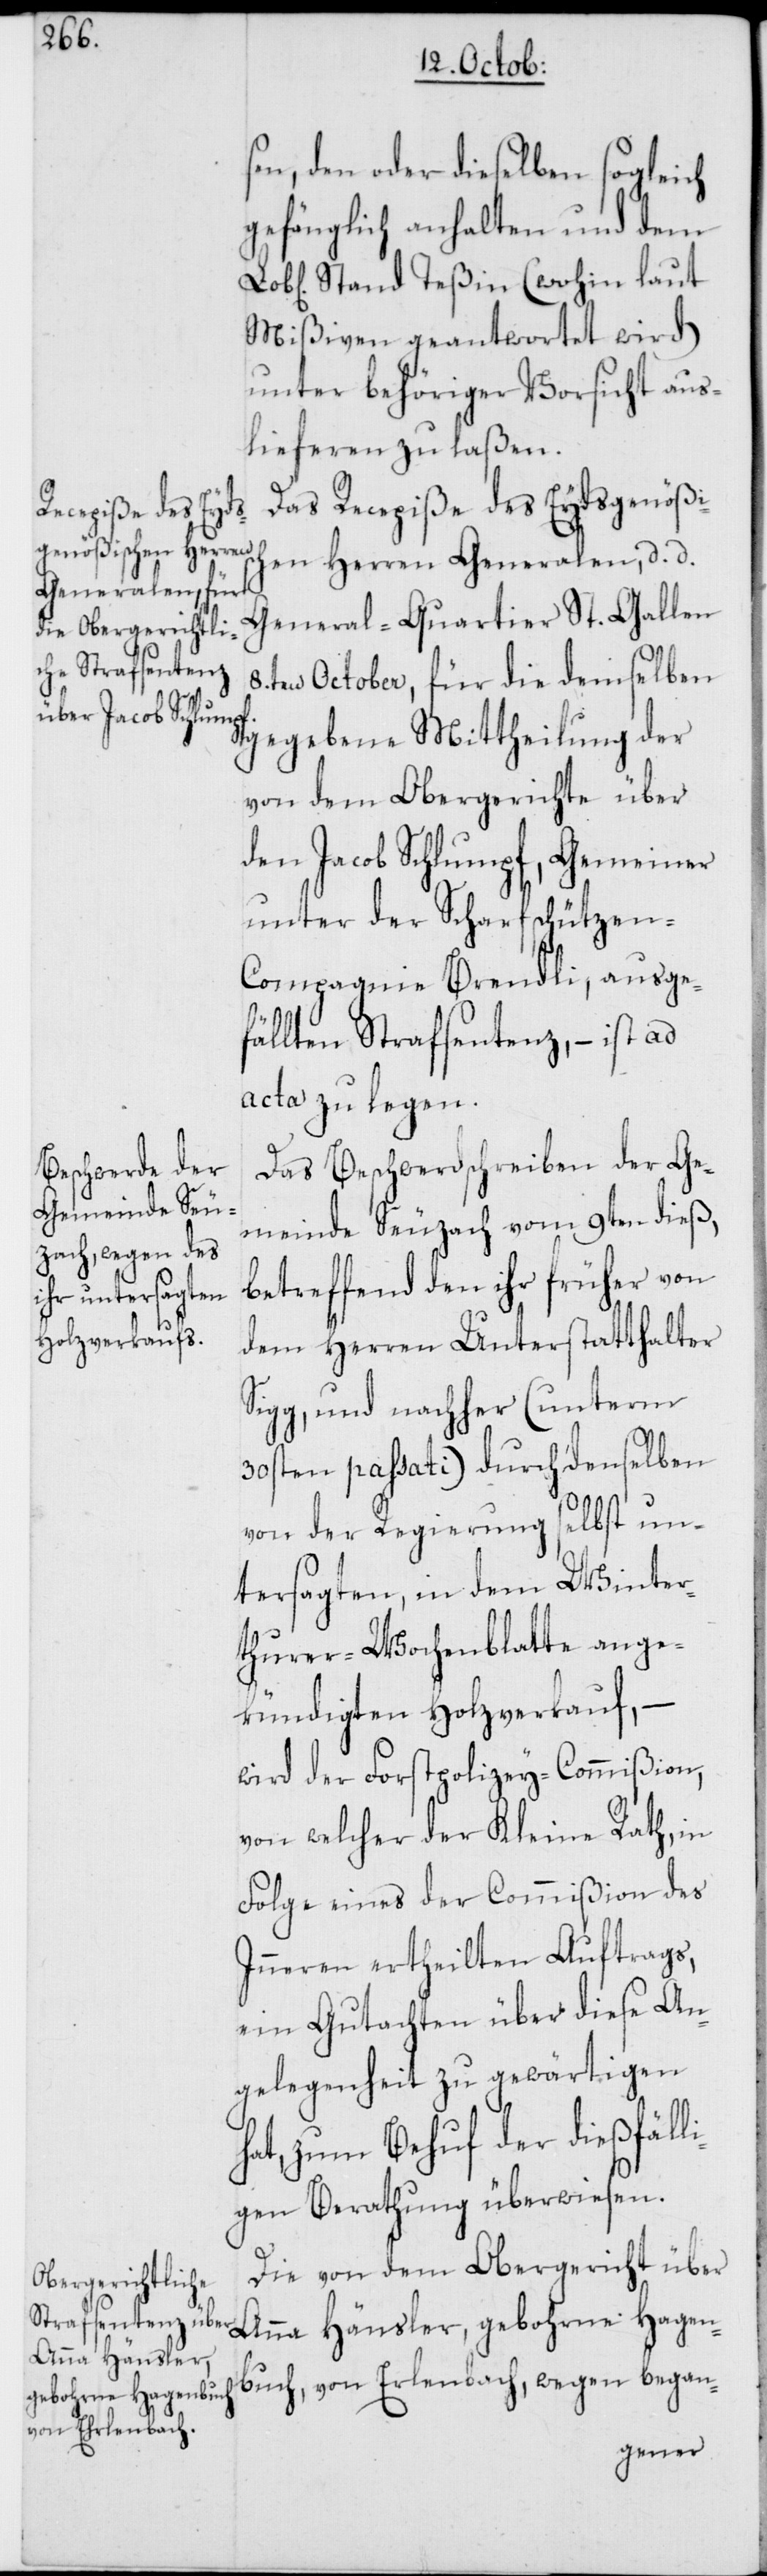
ch¬

sen, den oder dieselben sogleich
gefänglich anhalten und dem
Stand Teßin (wohin laut
Mißiven geantwortet wird)
unter behöriger Vorsicht aus¬
lieferen zu laßen.
Das Recepiße des Eydsgenößis¬
en Herren Generalen, d. d.
General-Quartier St. Gallen
8.ten October, für die demselben
gegebene Mittheilung der
von dem Obergerichte über
den Jacob Schlumpf, Gemeiner
unter der Scharfschützen-C¬
ompagnie Brendli, ausge¬
fällten Strafsentenz, – ist ad
acta zu legen.
Das Beschwerdschreiben der Ge¬
meinde Seuzach vom 9ten dieß,
betreffend den ihr früher von
dem Herren Unterstatthalter
Sigg, und nachher (unterm
30sten passati) durch denselben
von der Regierung selbst un¬
tersagten, in dem Winter¬
thurer-Wochenblatte ange¬
kündigten Holzverkauf, –
wird der Forstpolizey-Commißion,
von welcher der Kleine Rath, in
Folge eines der Commißion des
Inneren ertheilten Auftrags,
ein Gutachten über diese An¬
gelegenheit zu gewärtigen
hat, zum Behuf der dießfälli¬
gen Berathung überwiesen.
Die von dem Obergericht über
Anna Hänsler, gebohrne Hagen¬
buch, von Erlenbach, wegen began-